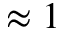
\approx 1